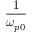
\frac { 1 } { \omega _ { p 0 } }